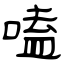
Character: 嗑